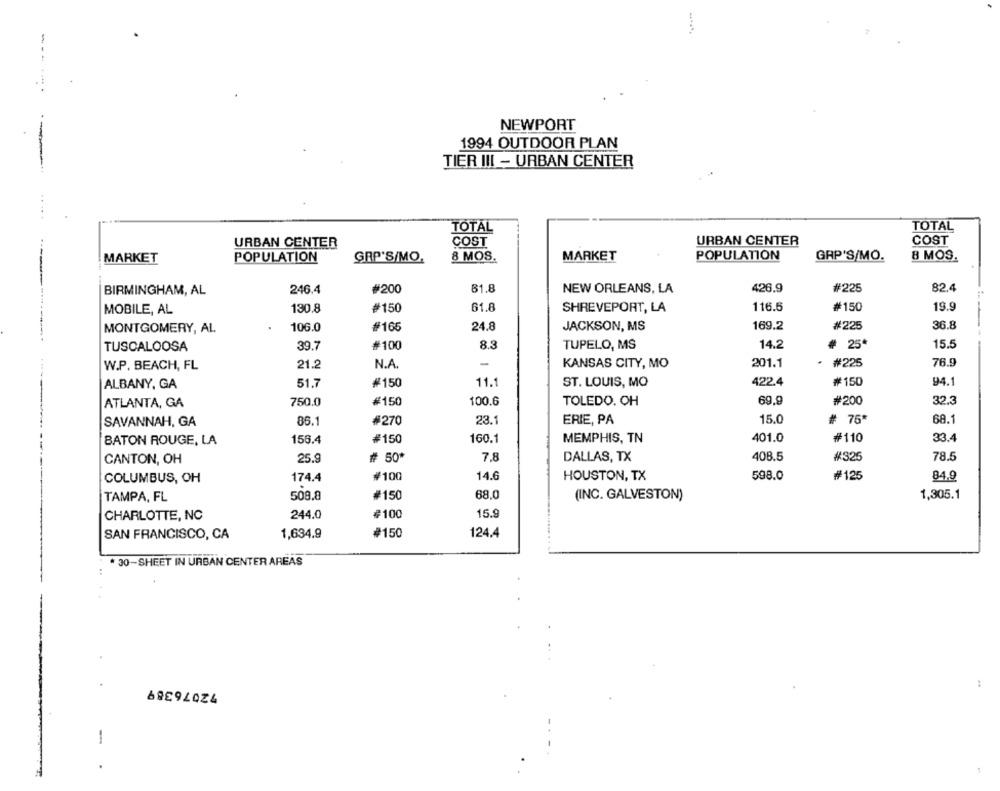
NEWPORT
1994 OUTDOOR PLAN
TIER III - URBAN CENTER
TOTAL
TOTAL
URBAN CENTER
COST
URBAN CENTER
COST
MARKET
POPULATION
GRP'S/MO.
8 MOS.
MARKET
POPULATION
GRP'S/MO.
8 MOS.
BIRMINGHAM, AL
246.4
#200
81.8
NEW ORLEANS, LA
426.9
#225
82.4
130.8
#150
61.8
SHREVEPORT, LA
116.5
#150
19.9
MOBILE, AL
36.8
MONTGOMERY, AL
106.0
#165
24.8
JACKSON, MS
169.2
#225
TUSCALOOSA
39.7
#100
8.3
TUPELO, MS
14.2
# 25*
15.5
21.2
N.A
KANSAS CITY, MO
201.1
* #225
76.9
W.P. BEACH, FL
#150
94.1
ALBANY, GA
51.7
#150
11.1
ST. LOUIS, MO
422.4
ATLANTA, GA
750.0
#150
100.6
TOLEDO. OH
69.9
#200
32.3
ERIE, PA
15.0
# 76*
68.1
SAVANNAH, GA
86.1
#270
23.1
BATON ROUGE, LA
156.4
#150
160.1
MEMPHIS, TN
401.0
#110
33.4
CANTON, OH
25.9
# 50
7.8
DALLAS, TX
408.5
#325
78.5
14.6
HOUSTON, TX
598.0
#125
COLUMBUS, OH
174.4
₩100
84.9
TAMPA, FL
509.8
#150
68.0
(INC. GALVESTON)
1,305.1
244.0
¢100
15.9
CHARLOTTE, NC
SAN FRANCISCO, CA
1,634.9
#150
124.4
* 30-SHEET IN URBAN CENTER AREAS
.
72076389
:
-